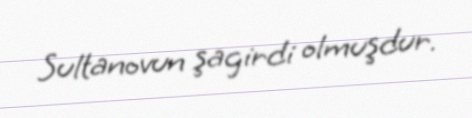
Sultanovun şagirdi olmuşdur.